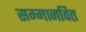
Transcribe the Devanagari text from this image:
सम्मानवित